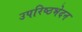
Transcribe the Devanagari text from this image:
उपरिष्ठभेदन